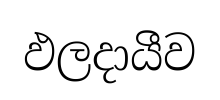
ඵලදායීව